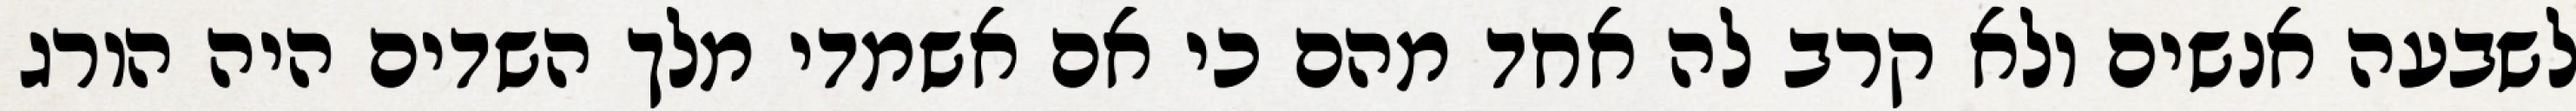
לשבעה אנשים ולא קרב לה אחד מהם כי אם אשמדי‏ מלך השדים היה הורג